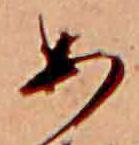
あ